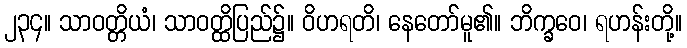
၂၃၄။ သာဝတ္တိယံ၊ သာဝတ္ထိပြည်၌။ ဝိဟရတိ၊ နေတော်မူ၏။ ဘိက္ခဝေ၊ ရဟန်းတို့။